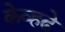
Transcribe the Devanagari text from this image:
केव्हढे